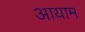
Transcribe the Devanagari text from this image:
अायाम